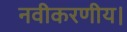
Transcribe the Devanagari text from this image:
नवीकरणीय।